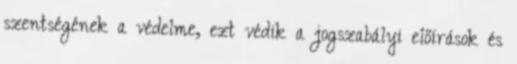
szentségének a védelme, ezt védik a jogszabályi előírások és